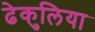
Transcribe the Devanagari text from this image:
ढेकुलिया